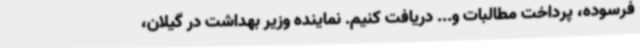
فرسوده، پرداخت مطالبات و... دریافت کنیم. نماینده وزیر بهداشت در گیلان،